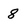
Character: 8